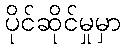
ပိုင်ဆိုင်မှုမှာ